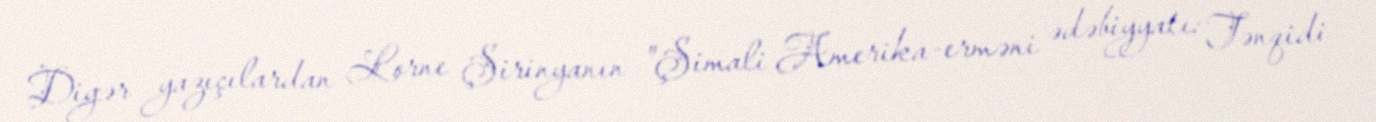
Digər yazıçılardan Lorne Şirinyanın "Şimali Amerika-erməni ədəbiyyatı: Tənqidi